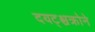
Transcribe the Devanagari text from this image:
दयट्श्चक्रोने